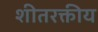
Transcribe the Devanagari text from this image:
शीतरक्तीय